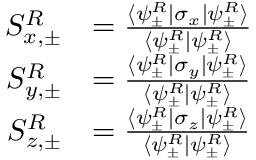
\begin{array} { r l } { S _ { x , \pm } ^ { R } } & { = \frac { \langle \psi _ { \pm } ^ { R } | \sigma _ { x } | \psi _ { \pm } ^ { R } \rangle } { \langle \psi _ { \pm } ^ { R } | \psi _ { \pm } ^ { R } \rangle } } \\ { S _ { y , \pm } ^ { R } } & { = \frac { \langle \psi _ { \pm } ^ { R } | \sigma _ { y } | \psi _ { \pm } ^ { R } \rangle } { \langle \psi _ { \pm } ^ { R } | \psi _ { \pm } ^ { R } \rangle } } \\ { S _ { z , \pm } ^ { R } } & { = \frac { \langle \psi _ { \pm } ^ { R } | \sigma _ { z } | \psi _ { \pm } ^ { R } \rangle } { \langle \psi _ { \pm } ^ { R } | \psi _ { \pm } ^ { R } \rangle } } \end{array}